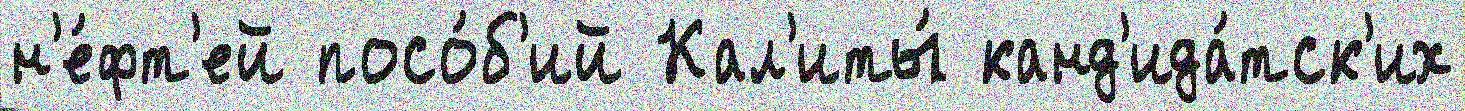
н'е́фт'ей посо́б'ий Кал'иты́ канд'ида́тск'их